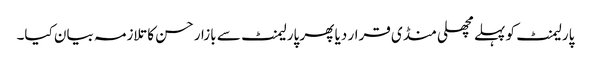
پارلیمنٹ کو پہلے مچھلی منڈی قرار دیا پھر پارلیمنٹ سے بازار حسن کا تلازمہ بیان کیا۔